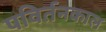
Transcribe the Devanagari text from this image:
पविर्तनकाल